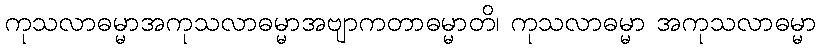
ကုသလာဓမ္မာအကုသလာဓမ္မာအဗျာကတာဓမ္မာတိ၊ ကုသလာဓမ္မာ အကုသလာဓမ္မာ